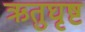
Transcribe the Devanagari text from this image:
ऋतुघृष्ट